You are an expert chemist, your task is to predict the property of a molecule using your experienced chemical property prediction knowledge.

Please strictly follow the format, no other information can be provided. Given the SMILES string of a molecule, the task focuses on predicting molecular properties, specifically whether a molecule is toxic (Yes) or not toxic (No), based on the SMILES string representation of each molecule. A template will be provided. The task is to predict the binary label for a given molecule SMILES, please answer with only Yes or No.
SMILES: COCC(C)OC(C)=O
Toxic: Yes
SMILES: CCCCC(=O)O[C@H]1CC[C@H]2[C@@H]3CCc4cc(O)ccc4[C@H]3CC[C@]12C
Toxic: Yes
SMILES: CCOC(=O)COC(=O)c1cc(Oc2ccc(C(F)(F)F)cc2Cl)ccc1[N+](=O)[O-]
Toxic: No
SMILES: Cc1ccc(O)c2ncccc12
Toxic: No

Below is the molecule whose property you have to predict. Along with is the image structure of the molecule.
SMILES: O=C1NC(=O)[C@H]2[C@@H]1[C@@H]1C=C[C@H]2C1
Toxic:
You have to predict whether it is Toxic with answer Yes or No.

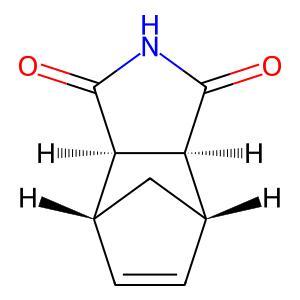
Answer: No